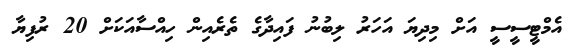
އެމްޓީސީސީ އަށް މިދިޔަ އަހަރު ލިބުނު ފައިދާގެ ތެރެއިން ހިއްސާއަކަށް 20 ރުފިޔާ